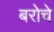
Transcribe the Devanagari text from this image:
बरोचे